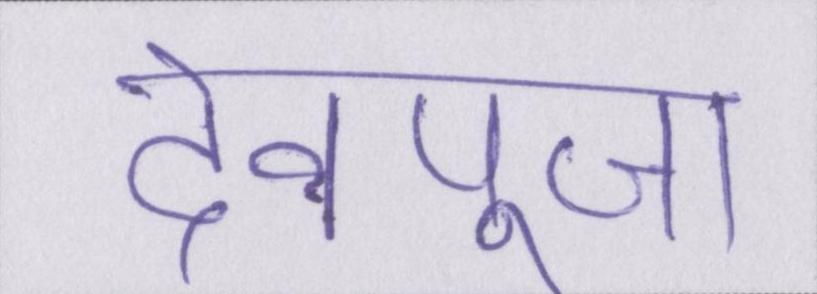
देवपूजा